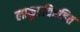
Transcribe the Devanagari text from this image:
लाकूडविरहित